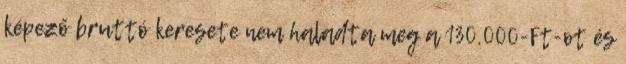
képező bruttó keresete nem haladta meg a 130.000-Ft-ot és